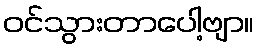
ဝင်သွားတာပေါ့ဗျာ။